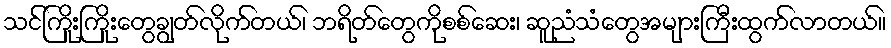
သင်ကြိုးကြိုးတွေချွတ်လိုက်တယ်၊ ဘရိတ်တွေကိုစစ်ဆေး၊ ဆူညံသံတွေအများကြီးထွက်လာတယ်။